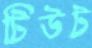
টিউট